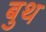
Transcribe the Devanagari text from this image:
बुथ